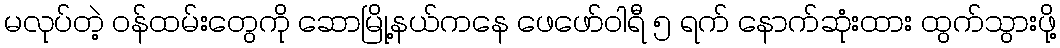
မလုပ်တဲ့ ဝန်ထမ်းတွေကို ဆောမြို့နယ်ကနေ ဖေဖော်ဝါရီ ၅ ရက် နောက်ဆုံးထား ထွက်သွားဖို့